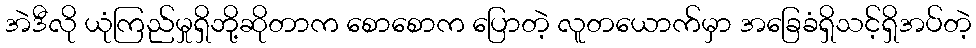
အဲဒီလို ယုံကြည်မှုရှိဘို့ဆိုတာက စောစောက ပြောတဲ့ လူတယောက်မှာ အခြေခံရှိသင့်ရှိအပ်တဲ့